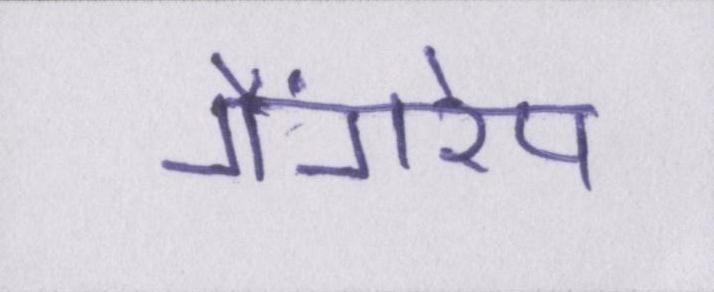
गैंगरेप